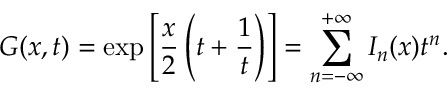
G ( x , t ) = \exp \left[ \frac { x } { 2 } \left( t + \frac { 1 } { t } \right) \right] = \sum _ { n = - \infty } ^ { + \infty } I _ { n } ( x ) t ^ { n } .